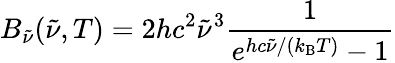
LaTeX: B_{\tilde{\nu}}({\tilde{\nu}},T)=2hc^{2}{\tilde{\nu}}^{3}{\frac{1}{e^{hc{\tilde{\nu}}/(k_{\mathrm{B}}T)}-1}}